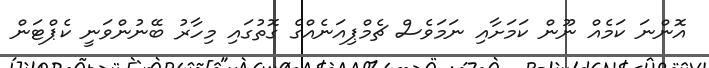
އޮންނަ ކަމެއް ނޫން ކަމަށާއި ނަމަވެސް ޗެމްޕިއަނެއްގެ ގޮތުގައި މިހާރު ބޭނުންވަނީ ކެޕްޓަން